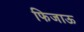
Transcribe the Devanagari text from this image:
फिजाऊ